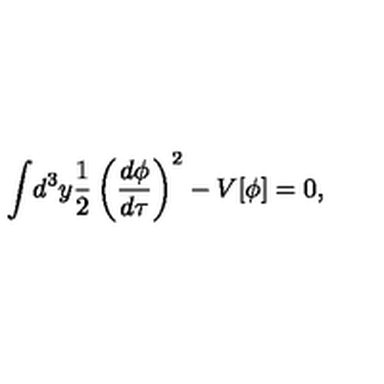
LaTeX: \int \! d ^ { 3 } y \frac { 1 } { 2 } \left( \frac { d \phi } { d \tau } \right) ^ { 2 } - V [ \phi ] = 0 ,